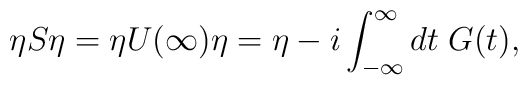
\eta S\eta=\eta U(\infty)\eta= \eta-i\int_{-\infty}^{\infty}dt\;G(t),